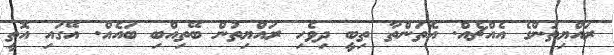
ރައްޔިތުންގެ އެއްޗެއް. އެތަންތާ ތިބީ ދިވެހި ރައްޔިތުން ބޭތިއްބި ބައެއް. އޭގައި އޮތީ